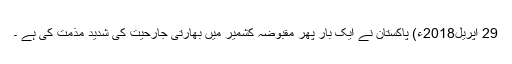
29 اپریل2018ء) پاکستان نے ایک بار پھر مقبوضہ کشمیر میں بھارتی جارحیت کی شدید مذمت کی ہے ۔